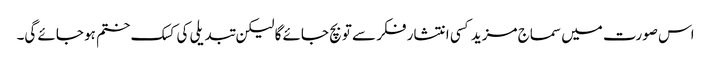
اس صورت میں سماج مزید کسی انتشار فکر سے تو بچ جائے گا لیکن تبدیلی کی کسک ختم ہو جائے گی۔